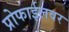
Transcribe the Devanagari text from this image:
प्रोफाईलवर